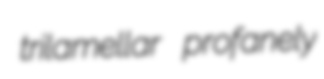
trilamellar profanely